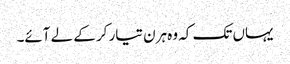
یہاں تک کہ وہ ہرن تیار کر کے لے آئے۔